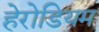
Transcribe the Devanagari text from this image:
हेरोडियम